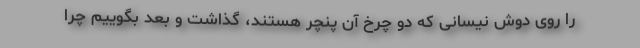
را روی دوش نیسانی که دو چرخ آن پنچر هستند، گذاشت و بعد بگوییم چرا